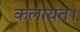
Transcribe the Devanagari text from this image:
कलायत।